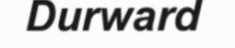
Durward